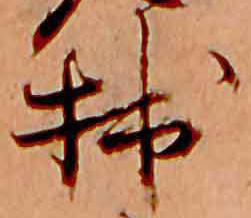
拙